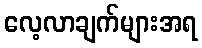
လေ့လာချက်များအရ